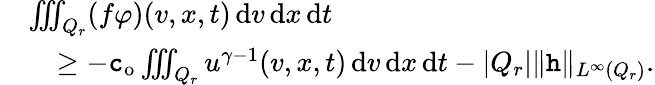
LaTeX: \begin{array}{rl}&{\iiint_{Q_{r}}(f\varphi)(v,x,t)\, \mathrm{d}v\, \mathrm{d}x\, \mathrm{d}t}\\ &{\quad\ge-\textup{\texttt{c}}_{\mathrm{o}}\iiint_{Q_{r}}u^{\gamma-1}(v,x,t)\, \mathrm{d}v\, \mathrm{d}x\, \mathrm{d}t-\lvert Q_{r}\rvert\| \textup{\texttt{h}}\| _{L^{\infty}(Q_{r})}.}\end{array}